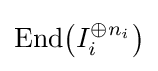
\mathrm {End} {\big (}I_{i}^{\oplus n_{i}}{\big )}